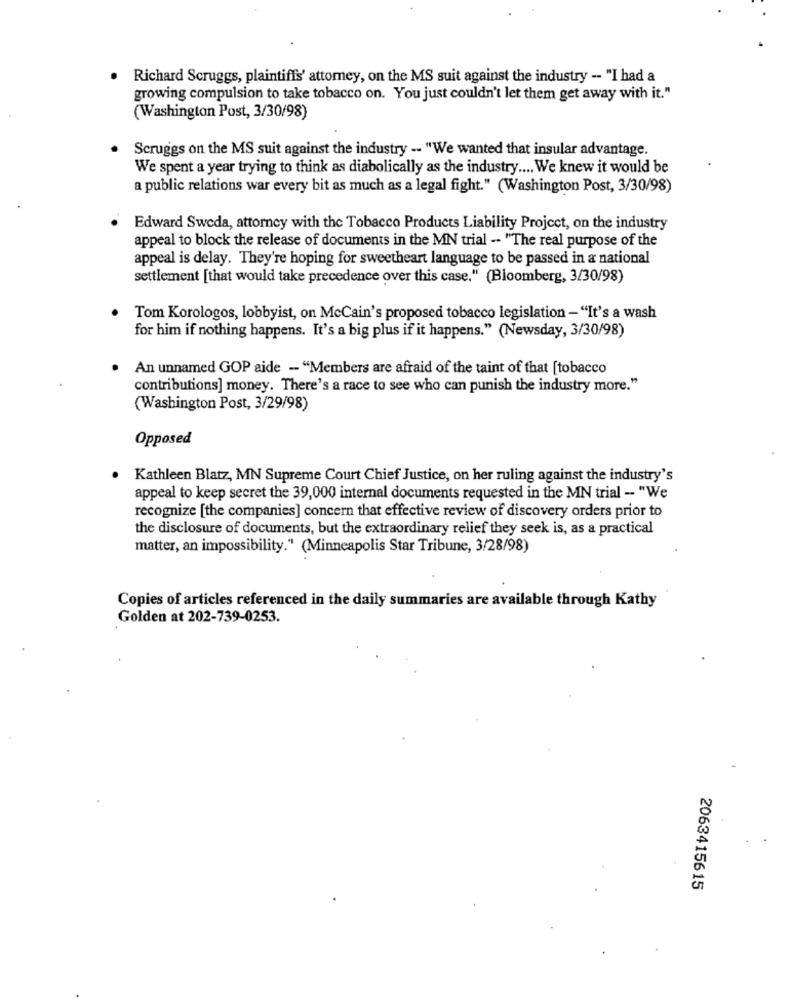
. Richard Scruggs, plaintiffs' attomey, on the MS suit against the industry -- "I had a
growing compulsion to take tobacco on. You just couldn't let them get away with it."
(Washington Post, 3/30/98)
Scruggs on the MS suit against the industry -- "We wanted that insular advantage.
We spent a year trying to think as diabolically as the industry .... We knew it would be
a public relations war every bit as much as a legal fight." (Washington Post, 3/30/98)
Edward Sweda, attorney with the Tobacco Products Liability Project, on the industry
appeal to block the release of documents in the MN trial -- "The real purpose of the
appeal is delay. They're hoping for sweetheart language to be passed in a national
settlement [that would take precedence over this case." (Bloomberg, 3/30/98)
Tom Korologos, lobbyist, on McCain's proposed tobacco legislation -"It's a wash
for him if nothing happens. It's a big plus if it happens." (Newsday, 3/30/98)
An unnamed GOP aide - "Members are afraid of the taint of that [tobacco
contributions] money. There's a race to see who can punish the industry more."
(Washington Post, 3/29/98)
Opposed
Kathleen Blatz, MN Supreme Court Chief Justice, on her ruling against the industry's
appeal to keep secret the 39,000 internal documents requested in the MN trial - "We
recognize [the companies] concern that effective review of discovery orders prior to
the disclosure of documents, but the extraordinary relief they seek is, as a practical
matter, an impossibility." (Minneapolis Star Tribune, 3/28/98)
Copies of articles referenced in the daily summaries are available through Kathy
Golden at 202-739-0253.
2063415615